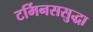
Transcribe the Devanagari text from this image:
टर्मिनससुद्धा